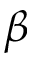
\beta